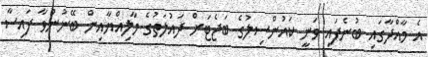
އެ މާއްދާގައި ބުނެފައި ވަނީ ކައުންސިލުގެ ބަޖެޓަށް ދައުލަތުގެ މާލިއްޔާއިން ބޭނުންވާ ފައިސާ